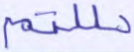
حللتم